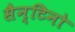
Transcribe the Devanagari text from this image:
सैन्टिनो